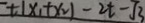
t ( x _ { 1 } + x _ { 2 } ) - 2 t - \sqrt { 3 }